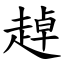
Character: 趠